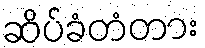
ဆိပ်ခံတံတား